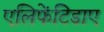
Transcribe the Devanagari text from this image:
एलिफेंटिडाए